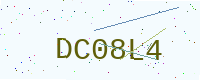
Text: DC08L4